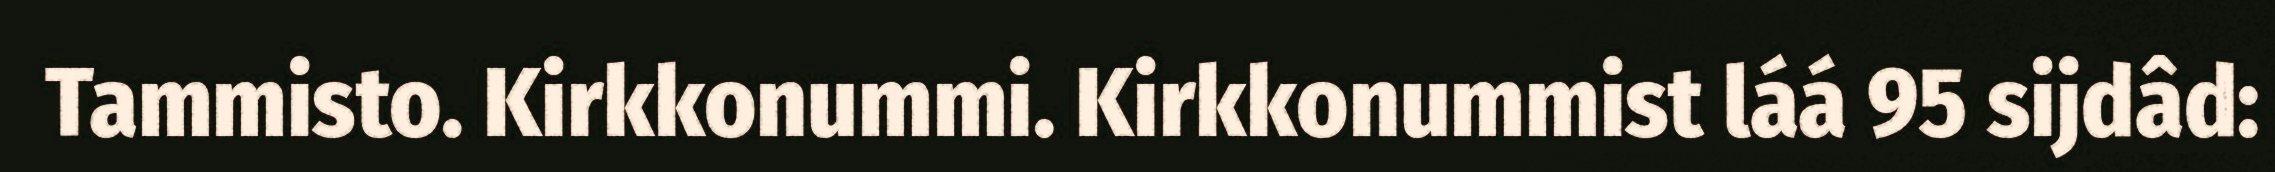
Tammisto. Kirkkonummi. Kirkkonummist láá 95 sijdâd: